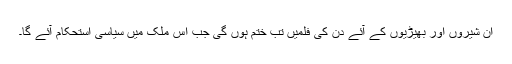
ان شیروں اور بھیڑیوں کے آئے دن کی فلمیں تب ختم ہوں گی جب اس ملک میں سیاسی استحکام آئے گا۔